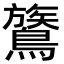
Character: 鷟